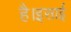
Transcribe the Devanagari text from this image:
है।इसाई